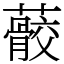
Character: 䕧